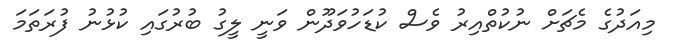
މިއަދުގެ މެޗަށް ނުކުތްއިރު ވެސް ކުޑަހުވަދޫން ވަނީ ލީގު ބުރުގައި ކުޅުނު ފުރަތަމަ